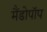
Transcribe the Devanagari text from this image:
मैंडोपॉप